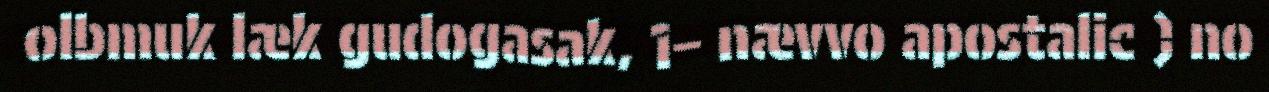
olbmuk læk gudogasak, 1– nævvo apostalic ) no